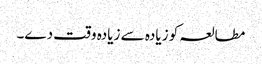
مطالعہ کو زیادہ سے زیادہ وقت دے۔